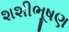
શશીભૂષણ